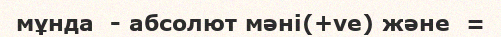
мұнда  - абсолют мәні(+ve) және  =